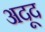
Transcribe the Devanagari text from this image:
अदूद